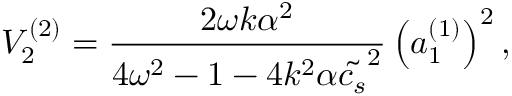
V _ { 2 } ^ { ( 2 ) } = \frac { 2 \omega k \alpha ^ { 2 } } { 4 \omega ^ { 2 } - 1 - 4 k ^ { 2 } \alpha \tilde { c _ { s } } ^ { 2 } } \left( a _ { 1 } ^ { ( 1 ) } \right) ^ { 2 } ,